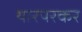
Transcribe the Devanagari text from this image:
थारपरकर